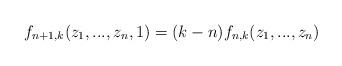
LaTeX: \begin{align*}f_{n+1,k}(z_1,...,z_n,1)=(k-n)f_{n,k}(z_1,...,z_n) \end{align*}